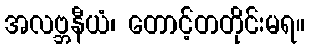
အလဗ္ဘနီယံ၊ တောင့်တတိုင်းမရ။